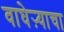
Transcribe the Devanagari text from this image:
वाघेऱ्याचा